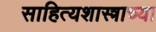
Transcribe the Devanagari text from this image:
साहित्यशास्त्राच्या